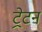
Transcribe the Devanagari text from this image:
ट्रेटन